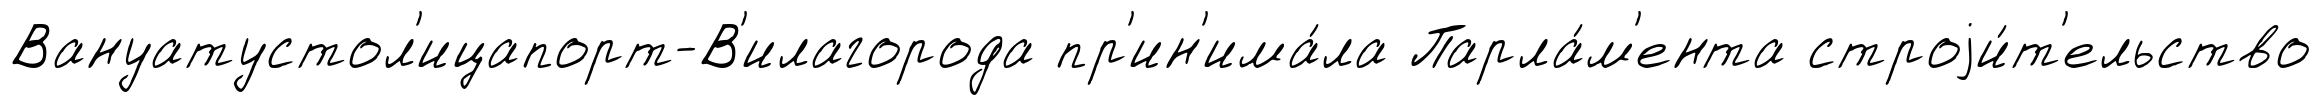
Вануатустол'ицапорт-В'илагорода пр'ин'има́ла Парла́м'ента строjи́т'ельство